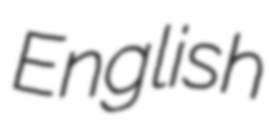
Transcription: English